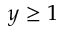
y \geq 1